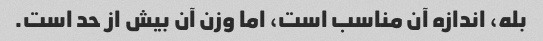
بله، اندازه آن مناسب است، اما وزن آن بیش از حد است.